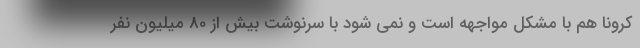
کرونا هم با مشکل مواجهه است و نمی شود با سرنوشت بیش از 80 میلیون نفر